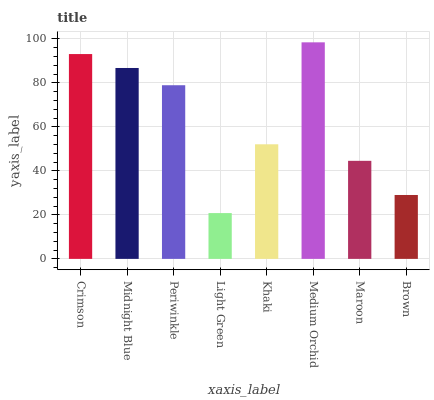
| xaxis_label | bars |
 | --- | --- |
 | Crimson | 93.1 |
 | Midnight Blue | 86.8 |
 | Periwinkle | 79 |
 | Light Green | 20.8 |
 | Khaki | 52.1 |
 | Medium Orchid | 98.5 |
 | Maroon | 44.6 |
 | Brown | 29 |